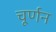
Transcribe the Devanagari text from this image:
चूर्णन